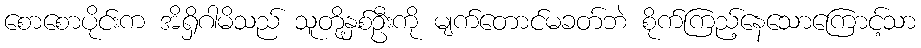
စောစောပိုင်းက အိရှိဂါမိသည် သူတို့နှစ်ဦးကို မျက်တောင်မခတ်ဘဲ စိုက်ကြည့်နေသောကြောင့်သာ